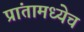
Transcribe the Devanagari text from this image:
प्रांतामध्येच